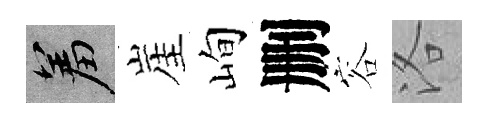
羞崖峋删容洛